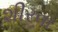
શીરવા